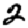
Digit: 2